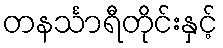
တနင်္သာရီတိုင်းနှင့်